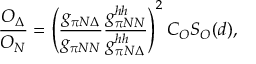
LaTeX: \frac { { \cal O } _ { \Delta } } { { \cal O } _ { N } } = \left( \frac { g _ { \pi N \Delta } } { g _ { \pi N N } } \frac { g _ { \pi N N } ^ { h h } } { g _ { \pi N \Delta } ^ { h h } } \right) ^ { 2 } C _ { { \cal O } } S _ { { \cal O } } ( d ) ,